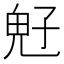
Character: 𩲇